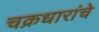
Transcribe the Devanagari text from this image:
चक्रधारांचे